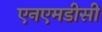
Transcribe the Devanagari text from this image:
एनएमडीसी